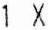
1 X